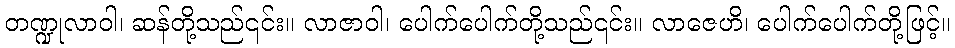
တဏ္ဍုလာဝါ၊ ဆန်တို့သည်၎င်း။ လာဇာဝါ၊ ပေါက်ပေါက်တို့သည်၎င်း။ လာဇေဟိ၊ ပေါက်ပေါက်တို့ဖြင့်။